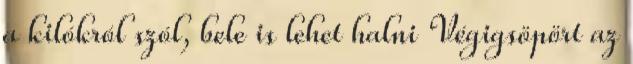
a kilókról szól, bele is lehet halni Végigsöpört az